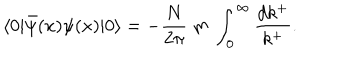
LaTeX: \langle 0 | \bar { \psi } ( x ) \psi ( x ) | 0 \rangle = - \frac { N } { 2 \pi } \ m \ \int _ { 0 } ^ { \infty } \frac { d k ^ { + } } { k ^ { + } } .